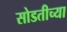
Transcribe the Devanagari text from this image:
सोडतीच्या